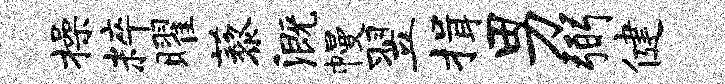
操粹曜藜溉幔翌揖男弼健